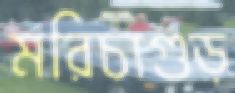
মরিচাগুড়